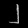
Digit: ၂